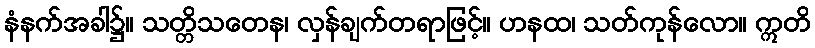
နံနက်အခါ၌။ သတ္တိသတေန၊ လှန်ချက်တရာဖြင့်။ ဟနထ၊ သတ်ကုန်လော။ ဣတိ